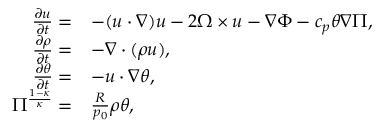
\begin{array} { r l } { \frac { \partial \boldsymbol { u } } { \partial t } = } & { - ( \boldsymbol { u } \cdot \nabla ) \boldsymbol { u } - 2 \boldsymbol { \Omega } \times \boldsymbol { u } - \nabla \Phi - c _ { p } \theta \nabla \Pi , } \\ { \frac { \partial \rho } { \partial t } = } & { - \nabla \cdot ( \rho \boldsymbol { u } ) , } \\ { \frac { \partial \theta } { \partial t } = } & { - \boldsymbol { u } \cdot \nabla \theta , } \\ { \Pi ^ { \frac { 1 - \kappa } { \kappa } } = } & { \frac { R } { p _ { 0 } } \rho \theta , } \end{array}